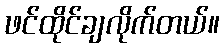
ဖင်ထိုင်ချလိုက်တယ်။